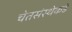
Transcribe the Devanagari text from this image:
चेतसंस्थेकडे